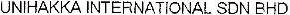
UNIHAKKA INTERNATIONAL SDN BHD